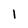
Character: 1